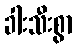
ခါးသီးစွာ